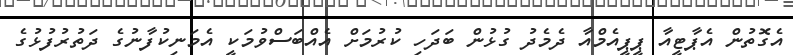
އެގޮތުން އެޕާޓީއާ ޕީޕީއެމްއާ ދެމެދު ގުޅުން ބަދަހި ކުރުމަށް އެއްބަސްވުމަކީ އެމަނިކުފާނުގެ ދަތުރުފުޅުގެ